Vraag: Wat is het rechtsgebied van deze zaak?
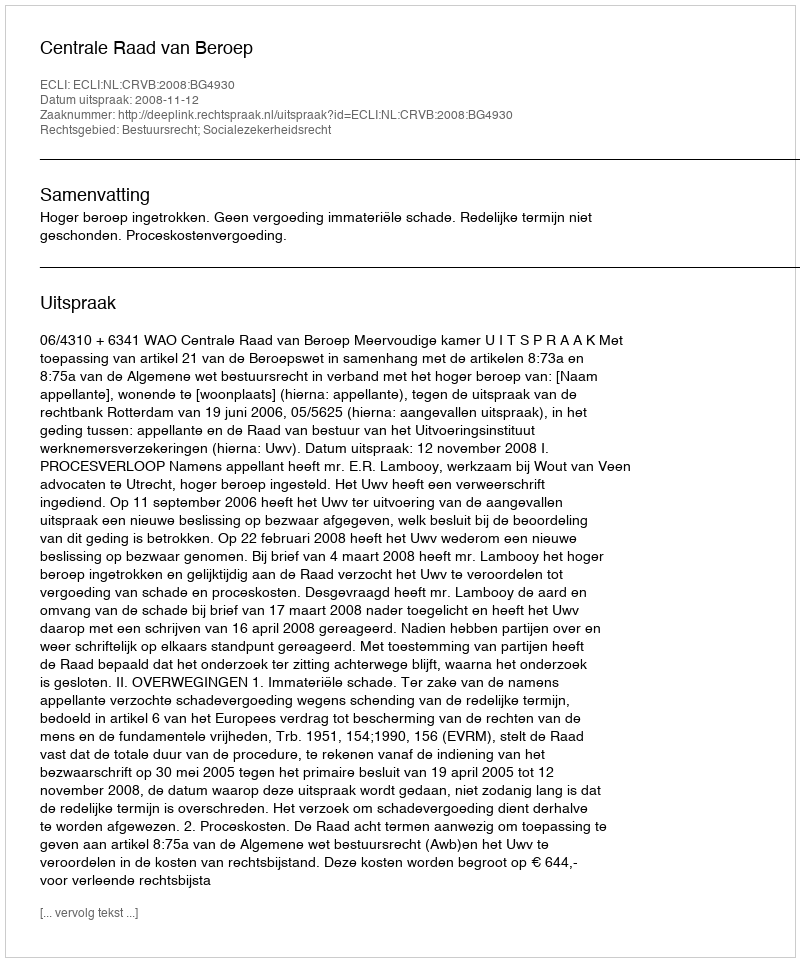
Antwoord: Bestuursrecht; Socialezekerheidsrecht